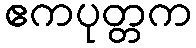
ဧကပုတ္တက